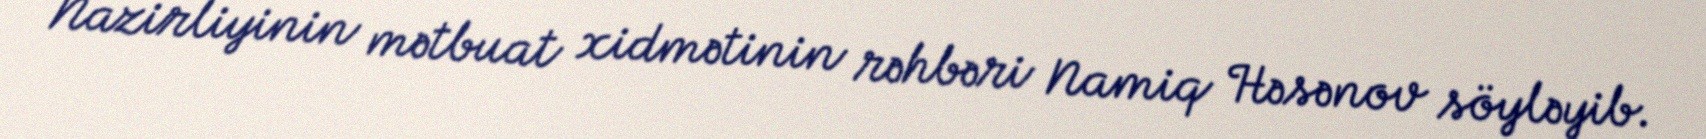
Nazirliyinin mətbuat xidmətinin rəhbəri Namiq Həsənov söyləyib.